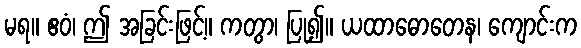
မရ။ ဧဝံ၊ ဤ အခြင်းဖြင့်။ ကတွာ၊ ပြု၍။ ယထာဓောတေန၊ ကျောင်းက